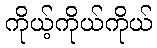
ကိုယ့်ကိုယ်ကိုယ်